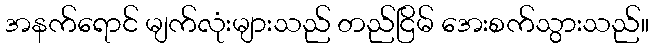
အနက်ရောင် မျက်လုံးများသည် တည်ငြိမ် အေးစက်သွားသည်။